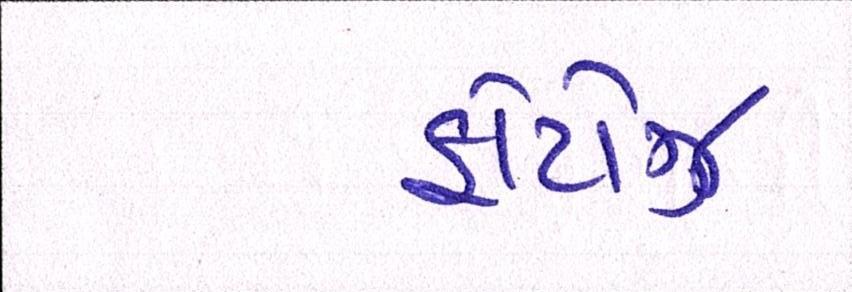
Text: ફોટોઝ